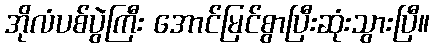
အိုလံပစ်ပွဲကြီး အောင်မြင်စွာပြီးဆုံးသွားပြီ။